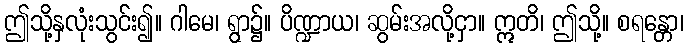
ဤသို့နှလုံးသွင်း၍။ ဂါမေ၊ ရွာ၌။ ပိဏ္ဍာယ၊ ဆွမ်းအလို့ငှာ။ ဣတိ၊ ဤသို့။ စရန္တော၊